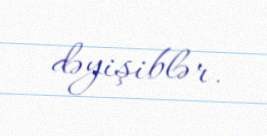
dəyişiblər.